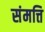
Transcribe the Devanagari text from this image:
संमत्ति